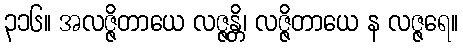
၃၁၆။ အလဇ္ဇိတာယေ လဇ္ဇန္တိ၊ လဇ္ဇိတာယေ န လဇ္ဇရေ။